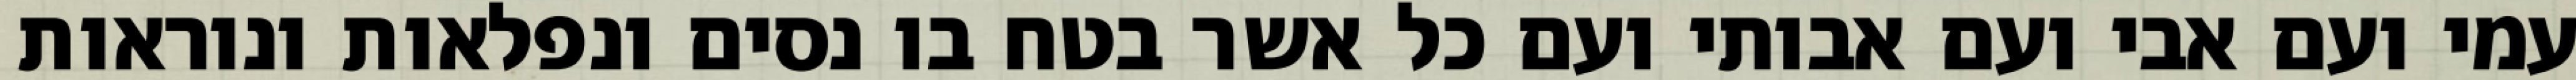
עמי ועם אבי ועם אבותי ועם כל אשר בטח בו נסים ונפלאות ונוראות